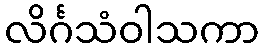
လိင်္ဂသံဝါသကာ